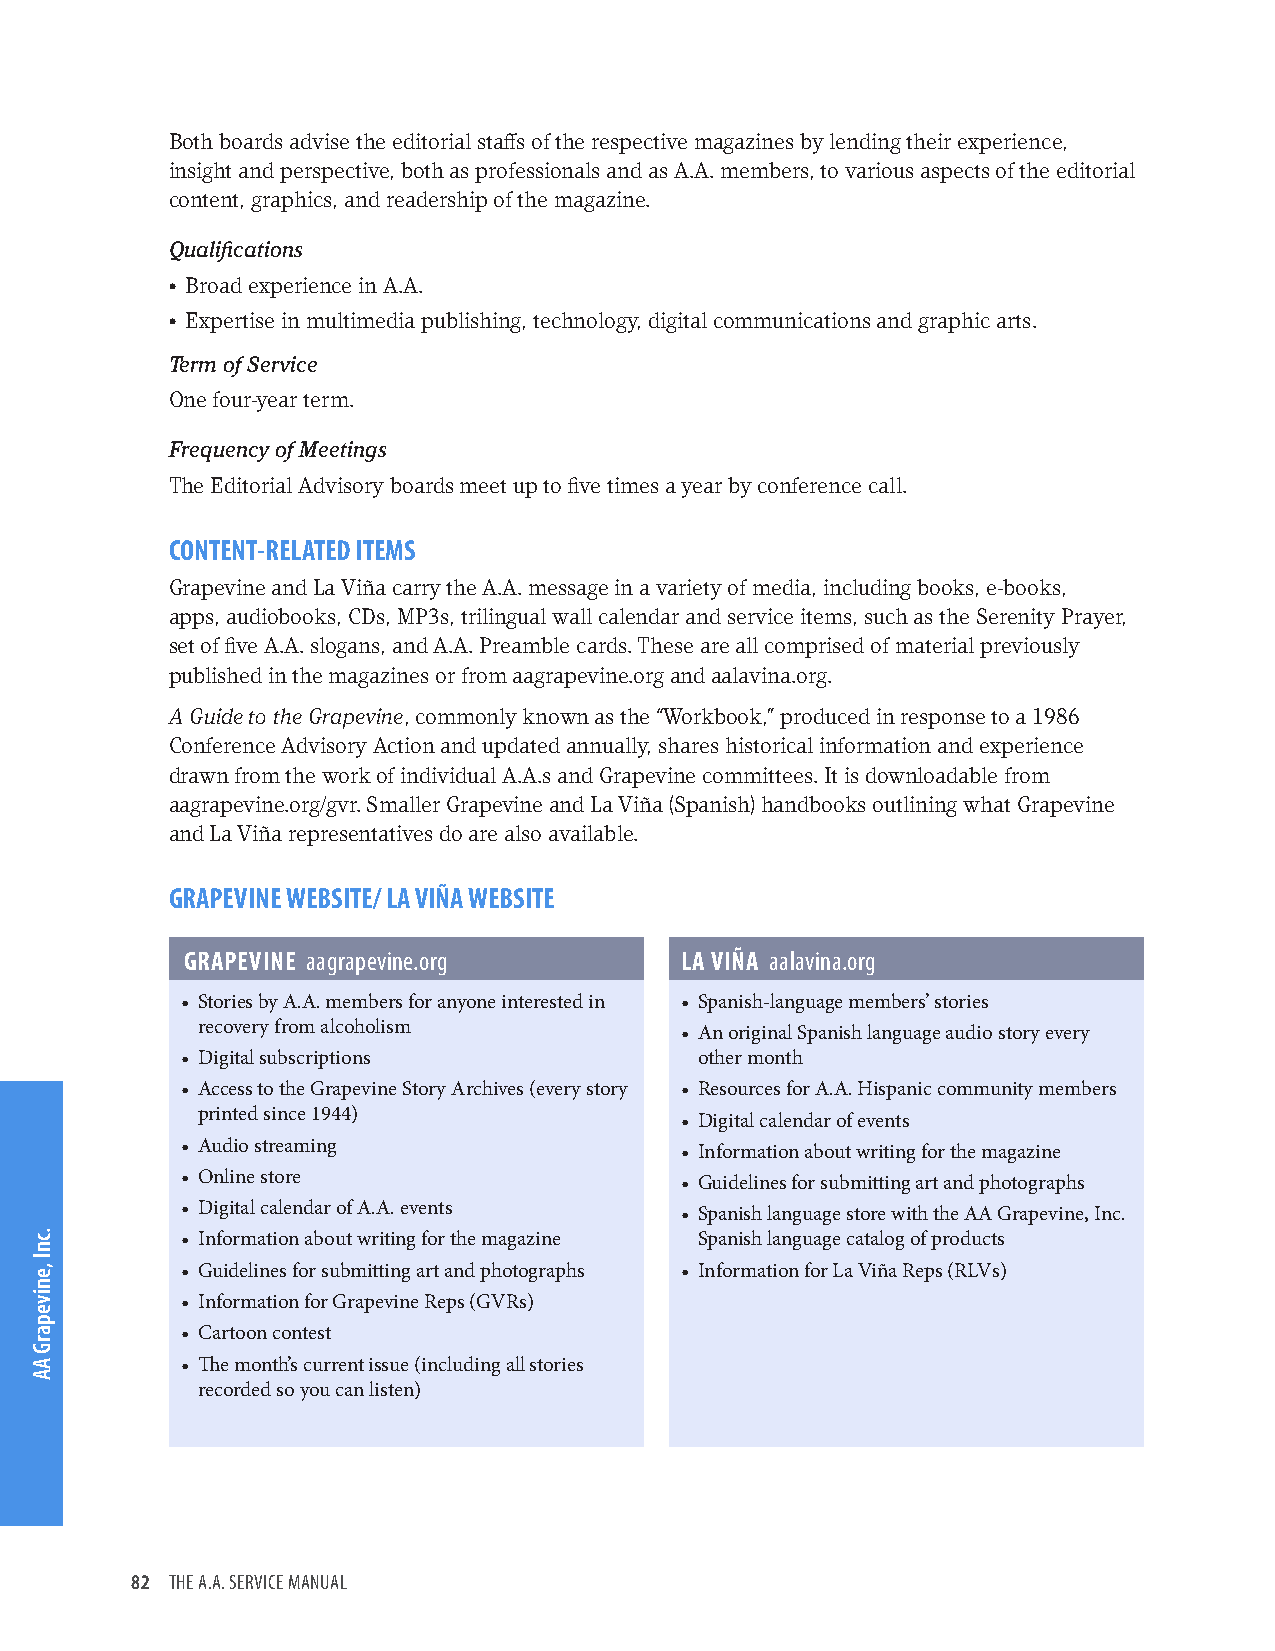
Both boards advise the editorial staffs of the respective magazines by lending their experience,
 insight and perspective, both as professionals and as A.A. members, to various aspects of the editorial
 content, graphics, and readership of the magazine.
 Qualifications
 • Broad experience in A.A.
 • Expertise in multimedia publishing, technology, digital communications and graphic arts.
 Term of Service
 One four-year term.
 Frequency of Meetings
 The Editorial Advisory boards meet up to five times a year by conference call.
 CONTENT-RELATED ITEMS
 Grapevine and La Viña carry the A.A. message in a variety of media, including books, e-books,
 apps, audiobooks, CDs, MP3s, trilingual wall calendar and service items, such as the Serenity Prayer,
 set of five A.A. slogans, and A.A. Preamble cards. These are all comprised of material previously
 published in the magazines or from aagrapevine.org and aalavina.org.
 A Guide to the Grapevine, commonly known as the “Workbook,” produced in response to a 1986
 Conference Advisory Action and updated annually, shares historical information and experience
 drawn from the work of individual A.A.s and Grapevine committees. It is downloadable from
 aagrapevine.org/gvr. Smaller Grapevine and La Viña (Spanish) handbooks outlining what Grapevine
 and La Viña representatives do are also available.
 GRAPEVINE WEBSITE/ LA VIÑA WEBSITE
 GRAPEVINE aagrapevine.org        LA VIÑA aalavina.org
 • Stories by A.A. members for anyone interested in • Spanish-language members’ stories
 recovery from alcoholism        • An original Spanish language audio story every
 • Digital subscriptions           other month
 • Access to the Grapevine Story Archives (every story • Resources for A.A. Hispanic community members
 printed since 1944)             • Digital calendar of events
 • Audio streaming                • Information about writing for the magazine
 • Online store                   • Guidelines for submitting art and photographs
 • Digital calendar of A.A. events • Spanish language store with the AA Grapevine, Inc.
 • Information about writing for the magazine Spanish language catalog of products
 • Guidelines for submitting art and photographs • Information for La Viña Reps (RLVs)
 • Information for Grapevine Reps (GVRs)
 • Cartoon contest
 • The month’s current issue (including all stories
 recorded so you can listen)
 82 THE A.A. SERVICE MANUAL
 .cnI
 ,eniveparG
 AA